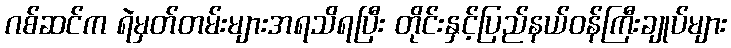
ဂစ်ဆင်က ရဲမှတ်တမ်းများအရသိရပြီး တိုင်းနှင့်ပြည်နယ်ဝန်ကြီးချုပ်များ